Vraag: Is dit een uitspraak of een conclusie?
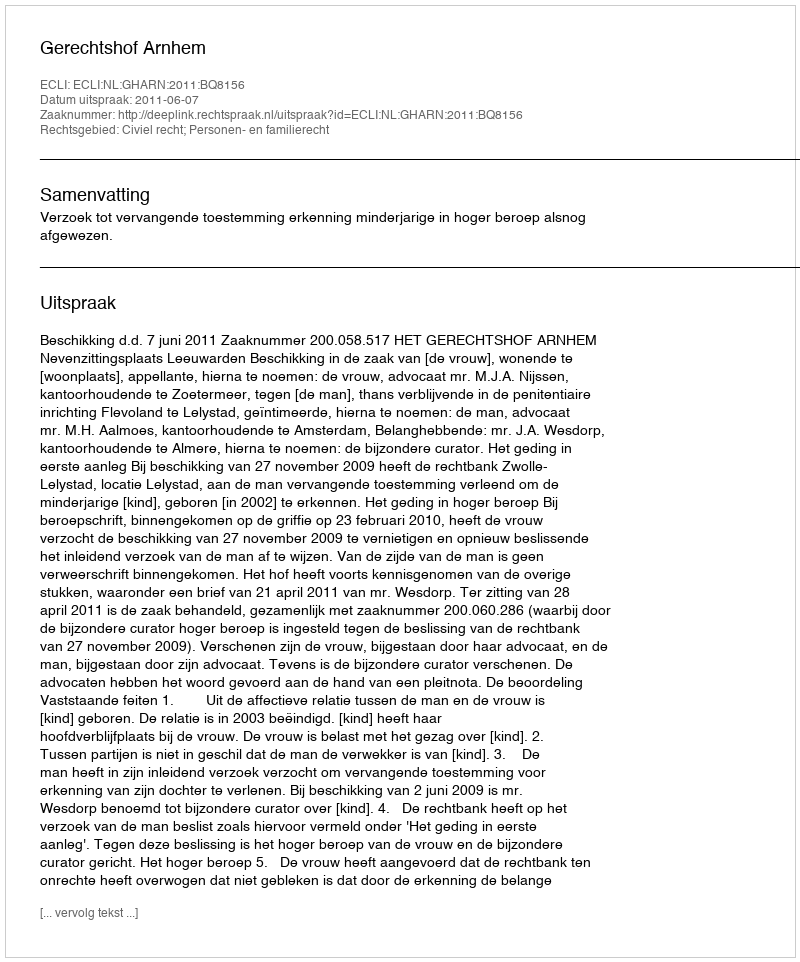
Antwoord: Uitspraak